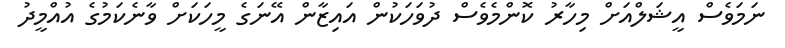
ނަމަވެސް އީޝަލްއަށް މިހާރު ކޮންމެވެސް ދުވަހަކުން އައިޒާން އޭނަގެ މީހަކަށް ވާނެކަމުގެ އުއްމީދު